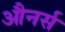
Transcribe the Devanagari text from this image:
औनर्स